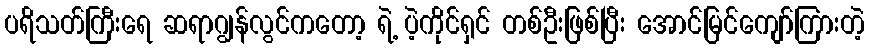
ပရိသတ်ကြီးရေ ဆရာဂျွန်လွင်ကတော့ ရဲ့ ပဲ့ကိုင်ရှင် တစ်ဦးဖြစ်ပြီး အောင်မြင်ကျော်ကြားတဲ့